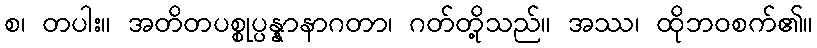
စ၊ တပါး။ အတိတပစ္စုပ္ပန္နာနာဂတာ၊ ဂတ်တို့သည်။ အဿ၊ ထိုဘဝစက်၏။